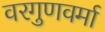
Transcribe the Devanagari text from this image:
वरगुणवर्मा